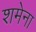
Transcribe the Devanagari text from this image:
शमेना